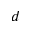
^ { d }